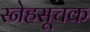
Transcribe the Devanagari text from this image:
स्नेहसूचक